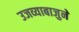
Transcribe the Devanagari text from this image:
उजव्याबाजुने